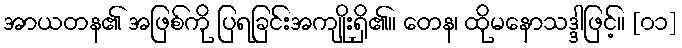
အာယတန၏ အဖြစ်ကို ပြရခြင်းအကျိုးရှိ၏။ တေန၊ ထိုမနောသဒ္ဒါဖြင့်။ [၀၁]